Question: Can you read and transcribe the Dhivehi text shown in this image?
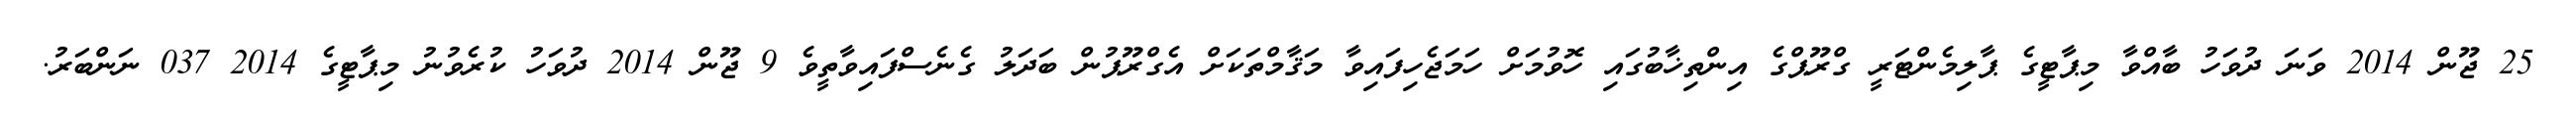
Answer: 25 ޖޫން 2014 ވަނަ ދުވަހު ބާއްވާ މިޕާޓީގެ ޕާލިމެންޓަރީ ގްރޫޕްގެ އިންތިޚާބުގައި ހޮވުމަށް ހަމަޖެހިފައިވާ މަޤާމްތަކަށް އެގްރޫޕުން ބަދަލު ގެނެސްފައިވާތީވެ 9 ޖޫން 2014 ދުވަހު ކުރެވުނު މިޕާޓީގެ 2014 037 ނަންބަރު.